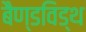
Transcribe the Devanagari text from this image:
बैण्डविड्थ